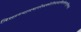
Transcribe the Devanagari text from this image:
त्रिसन्ध्यानमल्लेखकोटीरनानाविधानेकरत्नांशुबिम्बप्रभाभिः